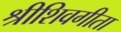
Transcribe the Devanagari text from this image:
श्रीशिवगीता